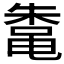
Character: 𬹣